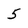
Character: 5